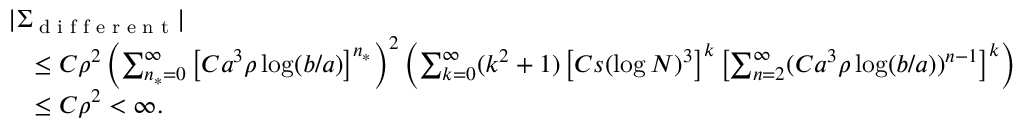
\begin{array} { r l } & { | \Sigma _ { \textnormal { d i f f e r e n t } } | } \\ & { \quad \leq C \rho ^ { 2 } \left( \sum _ { n _ { * } = 0 } ^ { \infty } \left[ C a ^ { 3 } \rho \log ( b / a ) \right] ^ { n _ { * } } \right) ^ { 2 } \left( \sum _ { k = 0 } ^ { \infty } ( k ^ { 2 } + 1 ) \left[ C s ( \log N ) ^ { 3 } \right] ^ { k } \left[ \sum _ { n = 2 } ^ { \infty } ( C a ^ { 3 } \rho \log ( b / a ) ) ^ { n - 1 } \right] ^ { k } \right) } \\ & { \quad \leq C \rho ^ { 2 } < \infty . } \end{array}